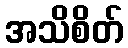
အသိစိတ်